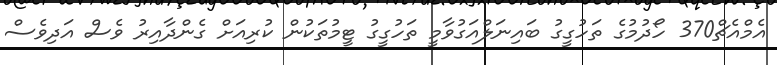
އެމްއެޗް370 ހޯދުމުގެ ތަހުގީގު ބައިނަލްއަގުވާމީ ތަހުގީގު ޓީމުތަކުން ކުރިއަށް ގެންދާއިރު ވެސް އަދިވެސް